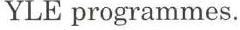
YLE programmes.